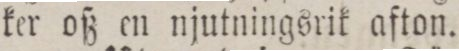
ker oß en njutningsrik afton.